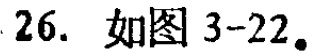
26. 如图 3-22。